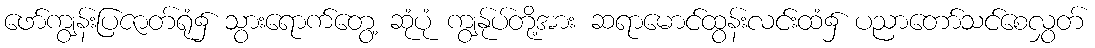
ဖော်ကျွန်းပြဇာတ်ရုံ၌ သွားရောက်တွေ့ ဆုံပုံ ကျွန်ုပ်တို့အား ဆရာမောင်ထွန်းလင်းထံ၌ ပညာတော်သင်စေလွှတ်